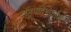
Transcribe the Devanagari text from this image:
राष्ट्रपतिभवनात